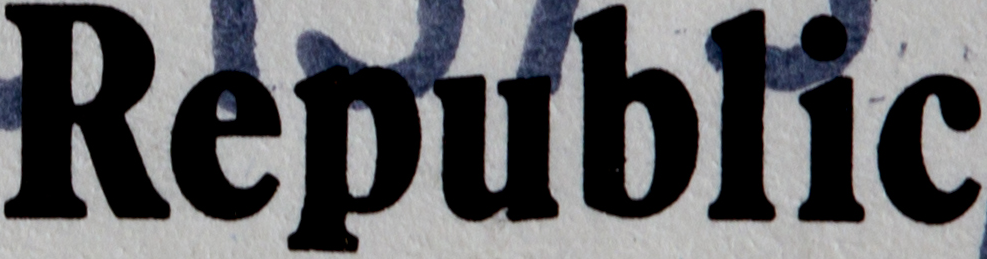
Republic